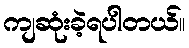
ကျဆုံးခဲ့ရပါတယ်။